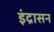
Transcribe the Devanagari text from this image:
इंद्रासन